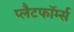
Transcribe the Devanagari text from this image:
प्लैटफॉर्म्स